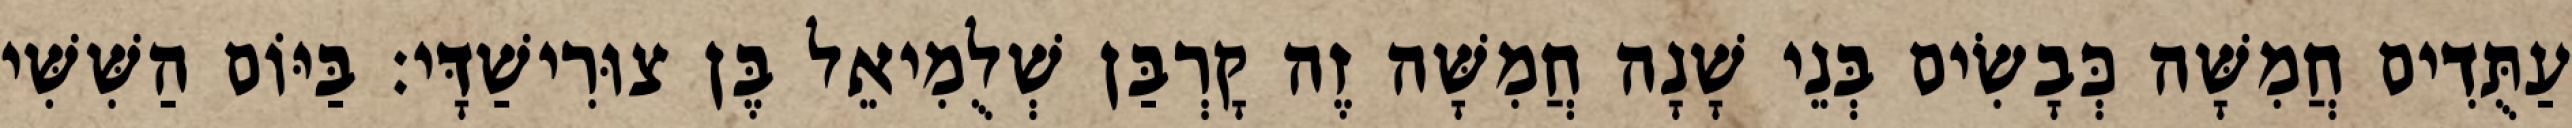
עַתֻּדִים חֲמִשָּׁה כְּבָשִׂים בְּנֵי שָׁנָה חֲמִשָּׁה זֶה קָרְבַּן שְׁלֻמִיאֵל בֶּן צוּרִישַׁדָּי׃ בַּיּוֹם הַשִּׁשִּׁי